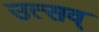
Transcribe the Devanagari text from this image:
उत्सव्